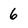
Character: 6